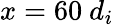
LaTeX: x=60\ d_{i}